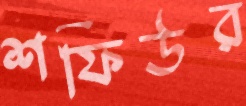
শফিউর